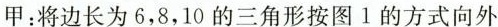
甲：将边长为6，8，10的三角形按图1的方式向外